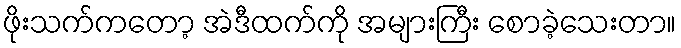
ဖိုးသက်ကတော့ အဲဒီထက်ကို အများကြီး စောခဲ့သေးတာ။